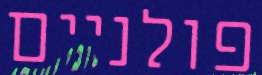
פולניים